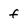
Character: f